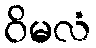
ဝိမလံ